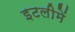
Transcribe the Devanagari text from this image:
इटलीमें